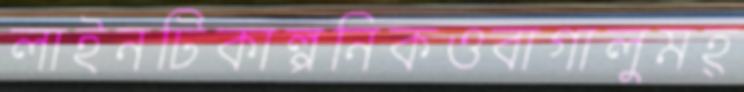
লাইনটিকাল্পনিকওবাগালুমহ্